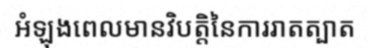
អំឡុងពេលមានវិបត្តិនៃការរាតត្បាត